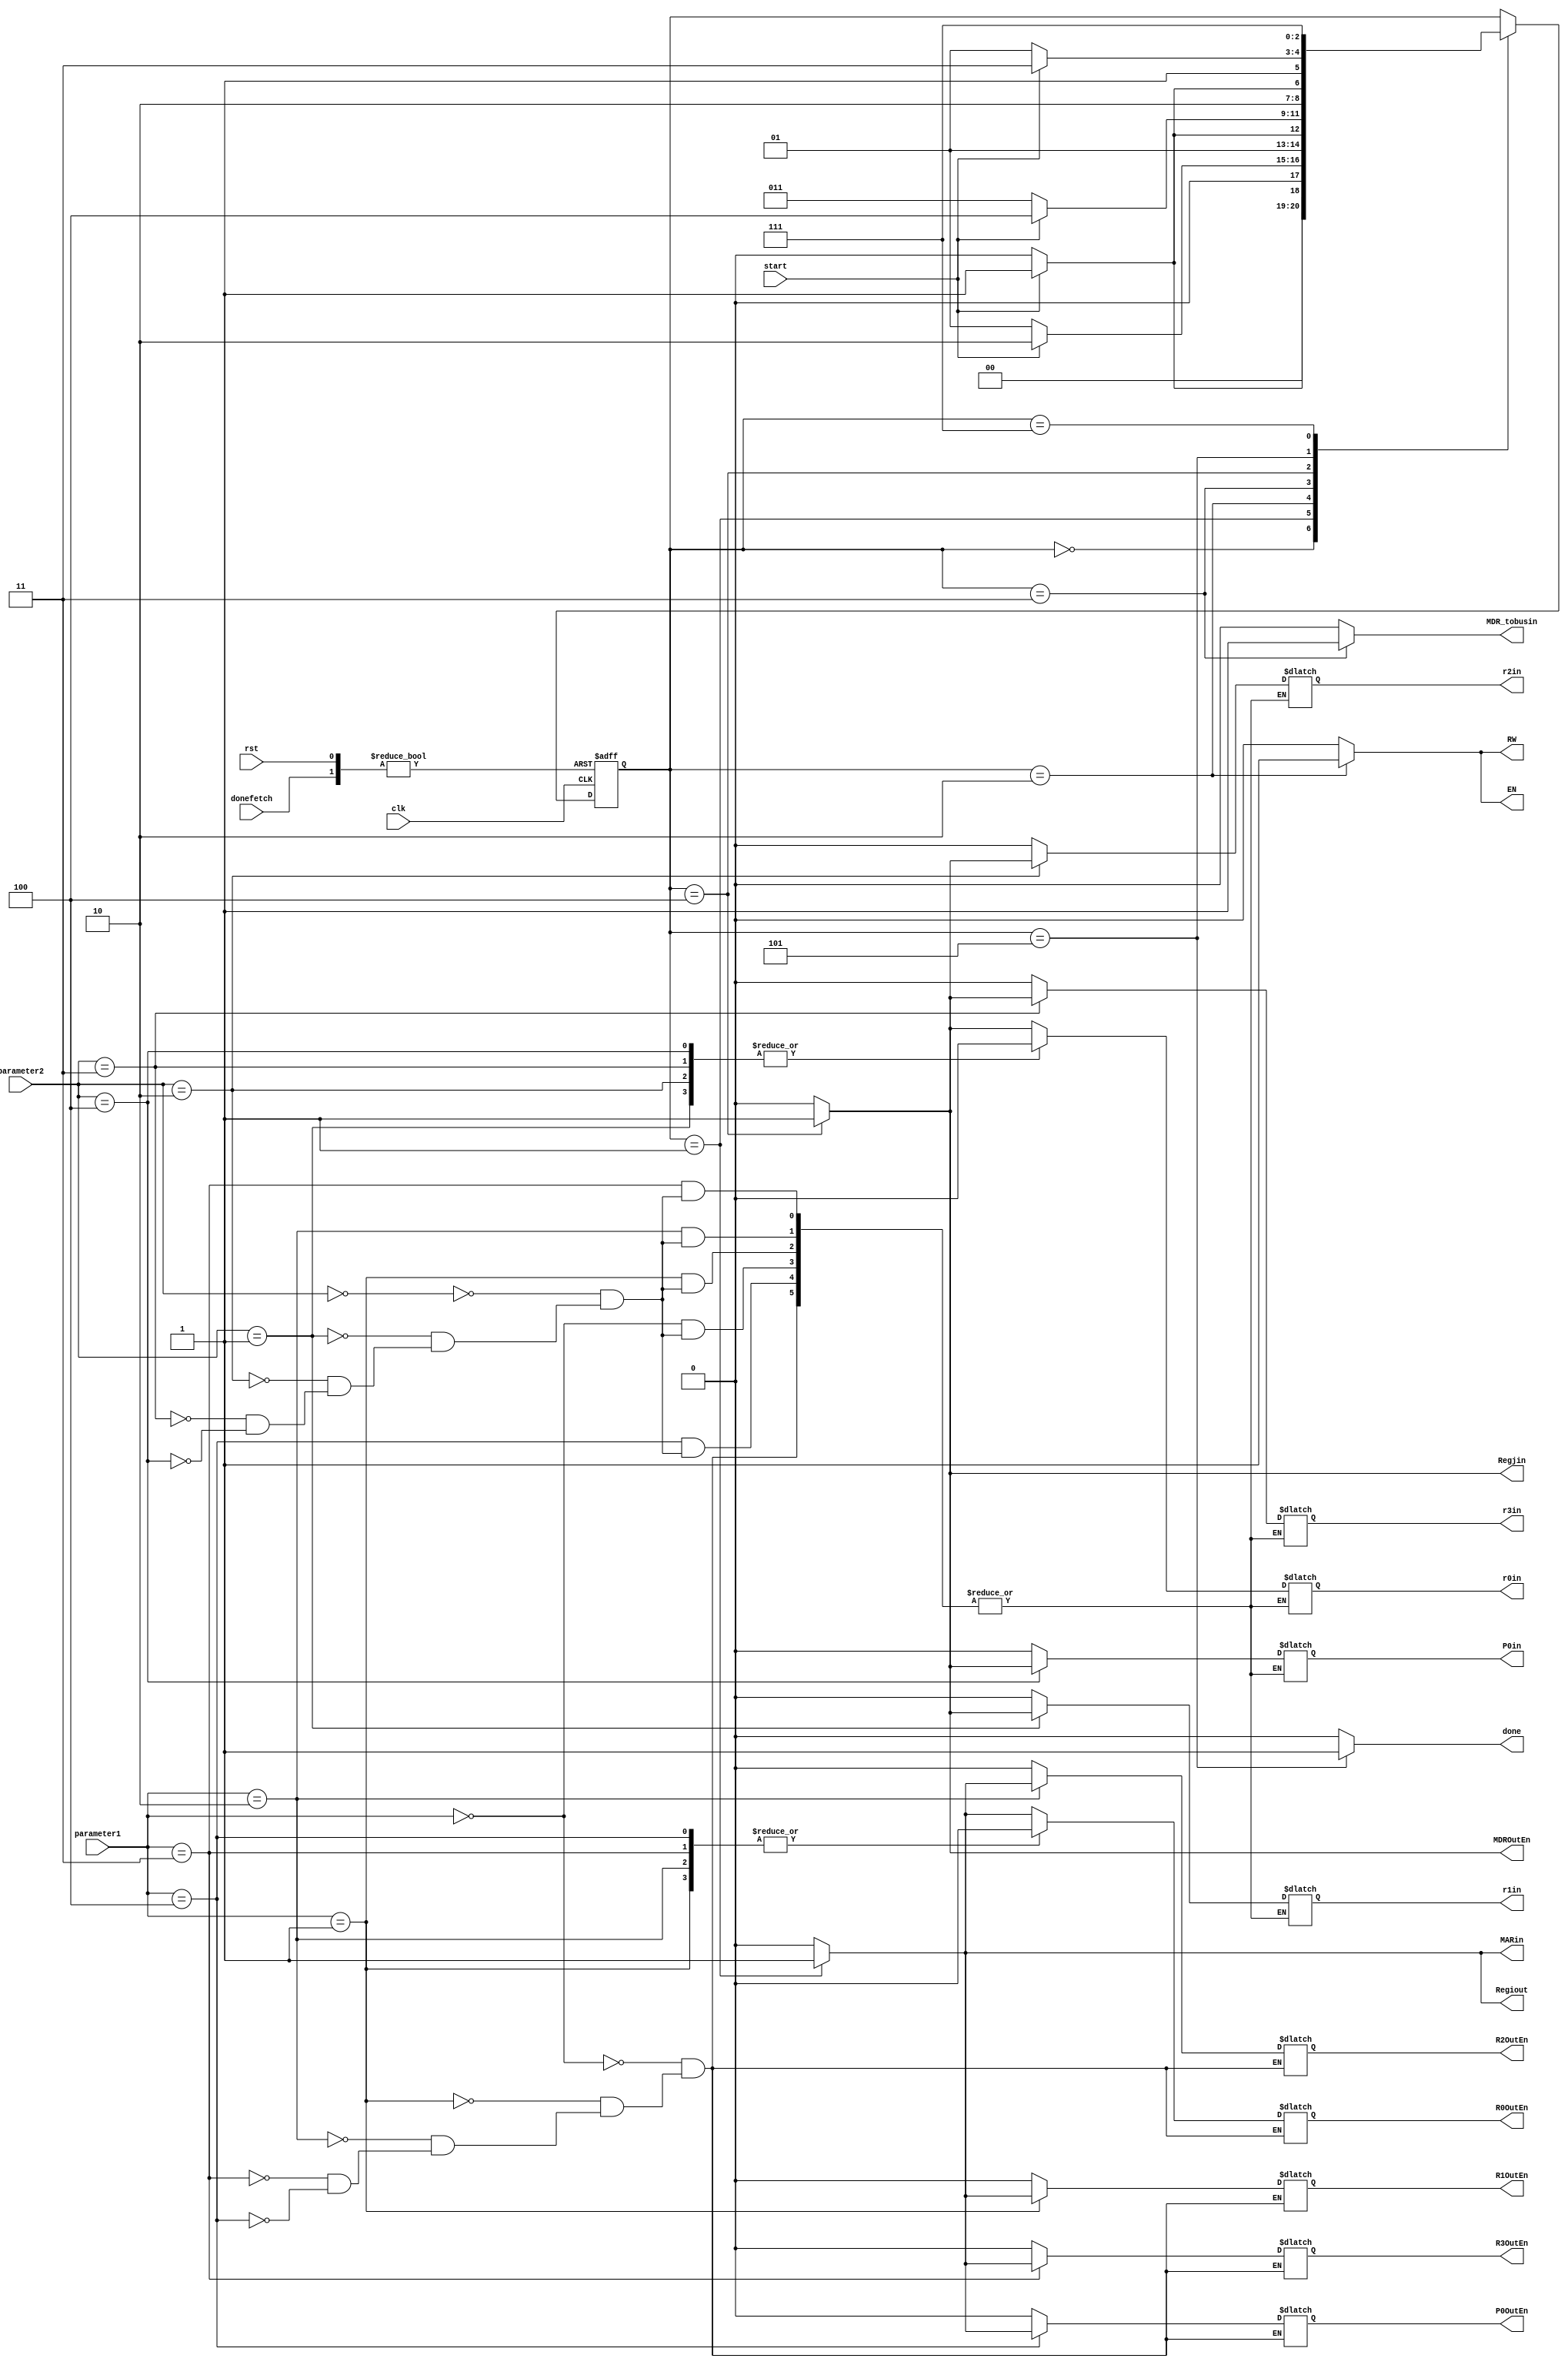
module load(clk,rst,donefetch,start,parameter1, parameter2,r0in, r1in, r2in, r3in,P0in,R0OutEn,R1OutEn,R2OutEn,R3OutEn,P0OutEn,Regiout,Regjin,MARin,MDR_tobusin,MDROutEn,EN,RW,done);
input clk,rst,start,donefetch;
input [5:0] parameter1, parameter2;
output r0in, r1in, r2in, r3in,P0in,R0OutEn,R1OutEn,R2OutEn,R3OutEn,P0OutEn,Regiout,Regjin,MARin,MDR_tobusin,MDROutEn,EN,RW,done;
reg r0in, r1in, r2in, r3in,P0in,R0OutEn,R1OutEn,R2OutEn,R3OutEn,P0OutEn,Regiout,Regjin,MARin,MDR_tobusin,MDROutEn,EN,RW,done;
parameter st0=3'b000, st1=3'b001, st2=3'b010, st3=3'b011, st4=3'b100, st5=3'b101, st6=3'b111;
reg[2:0] state_reg, state_next; 

always @(clk,Regiout,Regjin)
begin 
   case(parameter1)
      6'b000000: begin
        R0OutEn<=Regiout;
        R1OutEn<=0;
        R2OutEn<=0;
        R3OutEn<=0;
        P0OutEn<=0;
        case(parameter2)
      6'b000000: begin
        r0in<=Regjin;
        r1in<=0;
        r2in<=0;
        r3in<=0;
        P0in<=0;
      end
      6'b000001: begin
        r0in<=0;
        r1in<=Regjin;
        r2in<=0;
        r3in<=0;
        P0in<=0;  
      end
      6'b000010: begin
        r0in<=0;
        r1in<=0;
        r2in<=Regjin;
        r3in<=0;
        P0in<=0;
      end
      6'b000011: begin
        r0in<=0;
        r1in<=0;
        r2in<=0;
        r3in<=Regjin;
        P0in<=0;
        
      end
      6'b000100: begin
        r0in<=0;
        r1in<=0;
        r2in<=0;
        r3in<=0;
        P0in<=Regjin;
        
      end
    endcase
      end
      
      6'b000001: begin
        R0OutEn<=0;
        R1OutEn<=Regiout;
        R2OutEn<=0;
        R3OutEn<=0;
        P0OutEn<=0;
        case(parameter2)
      6'b000000: begin
        r0in<=Regjin;
        r1in<=0;
        r2in<=0;
        r3in<=0;
        P0in<=0;
      end
      6'b000001: begin
        r0in<=0;
        r1in<=Regjin;
        r2in<=0;
        r3in<=0;
        P0in<=0;  
      end
      6'b000010: begin
        r0in<=0;
        r1in<=0;
        r2in<=Regjin;
        r3in<=0;
        P0in<=0;
      end
      6'b000011: begin
        r0in<=0;
        r1in<=0;
        r2in<=0;
        r3in<=Regjin;
        P0in<=0;
        
      end
      6'b000100: begin
        r0in<=0;
        r1in<=0;
        r2in<=0;
        r3in<=0;
        P0in<=Regjin;
        
      end
    endcase
      end 
      6'b000010: begin
        R0OutEn<=0;
        R1OutEn<=0;
        R2OutEn<=Regiout;
        R3OutEn<=0;
        P0OutEn<=0;
        case(parameter2)
      6'b000000: begin
        r0in<=Regjin;
        r1in<=0;
        r2in<=0;
        r3in<=0;
        P0in<=0;
      end
      6'b000001: begin
        r0in<=0;
        r1in<=Regjin;
        r2in<=0;
        r3in<=0;
        P0in<=0;  
      end
      6'b000010: begin
        r0in<=0;
        r1in<=0;
        r2in<=Regjin;
        r3in<=0;
        P0in<=0;
      end
      6'b000011: begin
        r0in<=0;
        r1in<=0;
        r2in<=0;
        r3in<=Regjin;
        P0in<=0;
        
      end
      6'b000100: begin
        r0in<=0;
        r1in<=0;
        r2in<=0;
        r3in<=0;
        P0in<=Regjin;
        
      end
    endcase
      end
      6'b000011: begin
        R0OutEn<=0;
        R1OutEn<=0;
        R2OutEn<=0;
        R3OutEn<=Regiout;
        P0OutEn<=0;
        case(parameter2)
      6'b000000: begin
        r0in<=Regjin;
        r1in<=0;
        r2in<=0;
        r3in<=0;
        P0in<=0;
      end
      6'b000001: begin
        r0in<=0;
        r1in<=Regjin;
        r2in<=0;
        r3in<=0;
        P0in<=0;  
      end
      6'b000010: begin
        r0in<=0;
        r1in<=0;
        r2in<=Regjin;
        r3in<=0;
        P0in<=0;
      end
      6'b000011: begin
        r0in<=0;
        r1in<=0;
        r2in<=0;
        r3in<=Regjin;
        P0in<=0;
        
      end
      6'b000100: begin
        r0in<=0;
        r1in<=0;
        r2in<=0;
        r3in<=0;
        P0in<=Regjin;
        
      end
    endcase
      end  
      6'b000100: begin
        R0OutEn<=0;
        R1OutEn<=0;
        R2OutEn<=0;
        R3OutEn<=0;
        P0OutEn<=Regiout;
        case(parameter2)
      6'b000000: begin
        r0in<=Regjin;
        r1in<=0;
        r2in<=0;
        r3in<=0;
        P0in<=0;
      end
      6'b000001: begin
        r0in<=0;
        r1in<=Regjin;
        r2in<=0;
        r3in<=0;
        P0in<=0;  
      end
      6'b000010: begin
        r0in<=0;
        r1in<=0;
        r2in<=Regjin;
        r3in<=0;
        P0in<=0;
      end
      6'b000011: begin
        r0in<=0;
        r1in<=0;
        r2in<=0;
        r3in<=Regjin;
        P0in<=0;
        
      end
      6'b000100: begin
        r0in<=0;
        r1in<=0;
        r2in<=0;
        r3in<=0;
        P0in<=Regjin;
        
      end
    endcase
  end 
   endcase 
 end   

always @(posedge(clk), posedge(rst),posedge(donefetch)) 
  begin
    if (rst) 
    state_reg<=st0;
  else if (donefetch) 
    state_reg<=st0;
    else
      state_reg <= state_next;
  end

always @(start, state_reg)
  begin
  state_next<=state_reg;
  case(state_reg) 
     
    st0: begin
        if(start)
          state_next<=st1; 
      else
          state_next<=st0;
    end    
    
    st1: begin
      if(start) 
          state_next<=st2;
    else 
         state_next<=st1;

end

    st2: begin
      if(start) 
          state_next<=st3;
    else 
         state_next<=st2;
end

    st3: begin
      if(start) 
          state_next<=st4;
    else 
         state_next<=st3; 

end

    st4: begin
      if(start) 
          state_next<=st5;
    else 
         state_next<=st4; 

end
st5: begin
      if(start) 
          state_next<=st6;
    else 
         state_next<=st5; 

end

st6: begin
      if(start) 
          state_next<=st6;
    else 
         state_next<=st6; 

end

endcase
end


always @(state_reg) begin
  
        Regiout<=0;
        Regjin<=0;
        MARin<=0;
        MDR_tobusin<=0;
        MDROutEn<=0;
        EN<=0;
        RW<=0;
        done<=0;
   
   case(state_reg)
     st0 : 
        begin
        Regiout<=0;
        Regjin<=0;
        MARin<=0;
        MDR_tobusin<=0;
        MDROutEn<=0;
        EN<=0;
        RW<=0;
        done<=0;
     end
     st1 : 
        begin
        Regiout<=1;
        Regjin<=0;
        MARin<=1;
        MDR_tobusin<=0;
        MDROutEn<=0;
        EN<=0;
        RW<=0;
        done<=0;
     end
     st2 : 
        begin
        Regiout<=0;
        Regjin<=0;
        MARin<=0;
        MDR_tobusin<=0;
        MDROutEn<=0;
        EN<=1;
        RW<=1;
        done<=0;
     end
     st3 : begin
        Regiout<=0;
        Regjin<=0;
        MARin<=0;
        MDR_tobusin<=1;
        MDROutEn<=0;
        EN<=0;
        RW<=0;
        done<=0;
     end
     st4 : begin
        Regiout<=0;
        Regjin<=1;
        MARin<=0;
        MDR_tobusin<=0;
        MDROutEn<=1;
        EN<=0;
        RW<=0;
        done<=0;
        
     end
     st5 :  begin
        Regiout<=0;
        Regjin<=0;
        MARin<=0;
        MDR_tobusin<=0;
        MDROutEn<=0;
        EN<=0;
        RW<=0;
        done<=1;
     end
     st6 : 
        begin
        Regiout<=0;
        Regjin<=0;
        MARin<=0;
        MDR_tobusin<=0;
        MDROutEn<=0;
        EN<=0;
        RW<=0;
        done<=0;
     end
endcase

end

endmodule